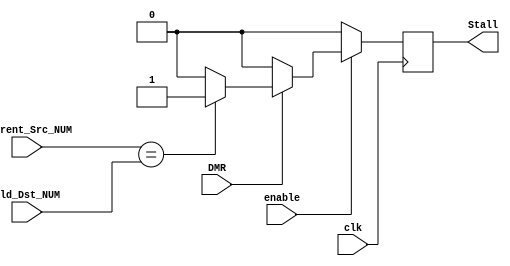
module HDU(
    Old_Dst_NUM,
    Current_Src_NUM,
    DMR,
    enable,
    clk,
    Stall
);

input [3:0] Old_Dst_NUM;
input [3:0] Current_Src_NUM;
input DMR, enable, clk;

output reg Stall;

always @(negedge clk) 
    begin
        if (enable == 1'b1)
            begin
                if (DMR == 1'b1)
                    begin
                        if (Current_Src_NUM == Old_Dst_NUM)
                            begin
                                Stall = 1'b1;
                            end
                        else
                            begin
                                Stall = 1'b0;
                            end
                    end
                else
                    begin
                        Stall = 1'b0;
                    end
            end
        else
            begin
                Stall = 1'b0;
            end
    end

endmodule